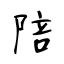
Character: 陪